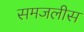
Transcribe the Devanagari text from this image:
समजलीस